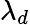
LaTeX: \lambda_{d}